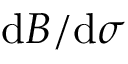
\mathrm { d } B / \mathrm { d } \sigma